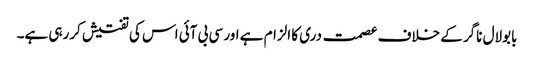
بابولال ناگر کے خلاف عصمت دری کا الزام ہے اور سی بی آئی اس کی تفتیش کررہی ہے۔